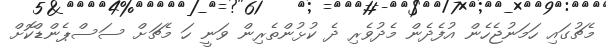
މެޗުގައި ހަމަނުޖެހެން އުފެދެން މެދުވެރި ދެ ކުޅުންތެރިން ވަނީ ހަ މެޗަށް ސަސްޕެންޑްކޮށް